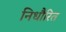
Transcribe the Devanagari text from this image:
निधौरित